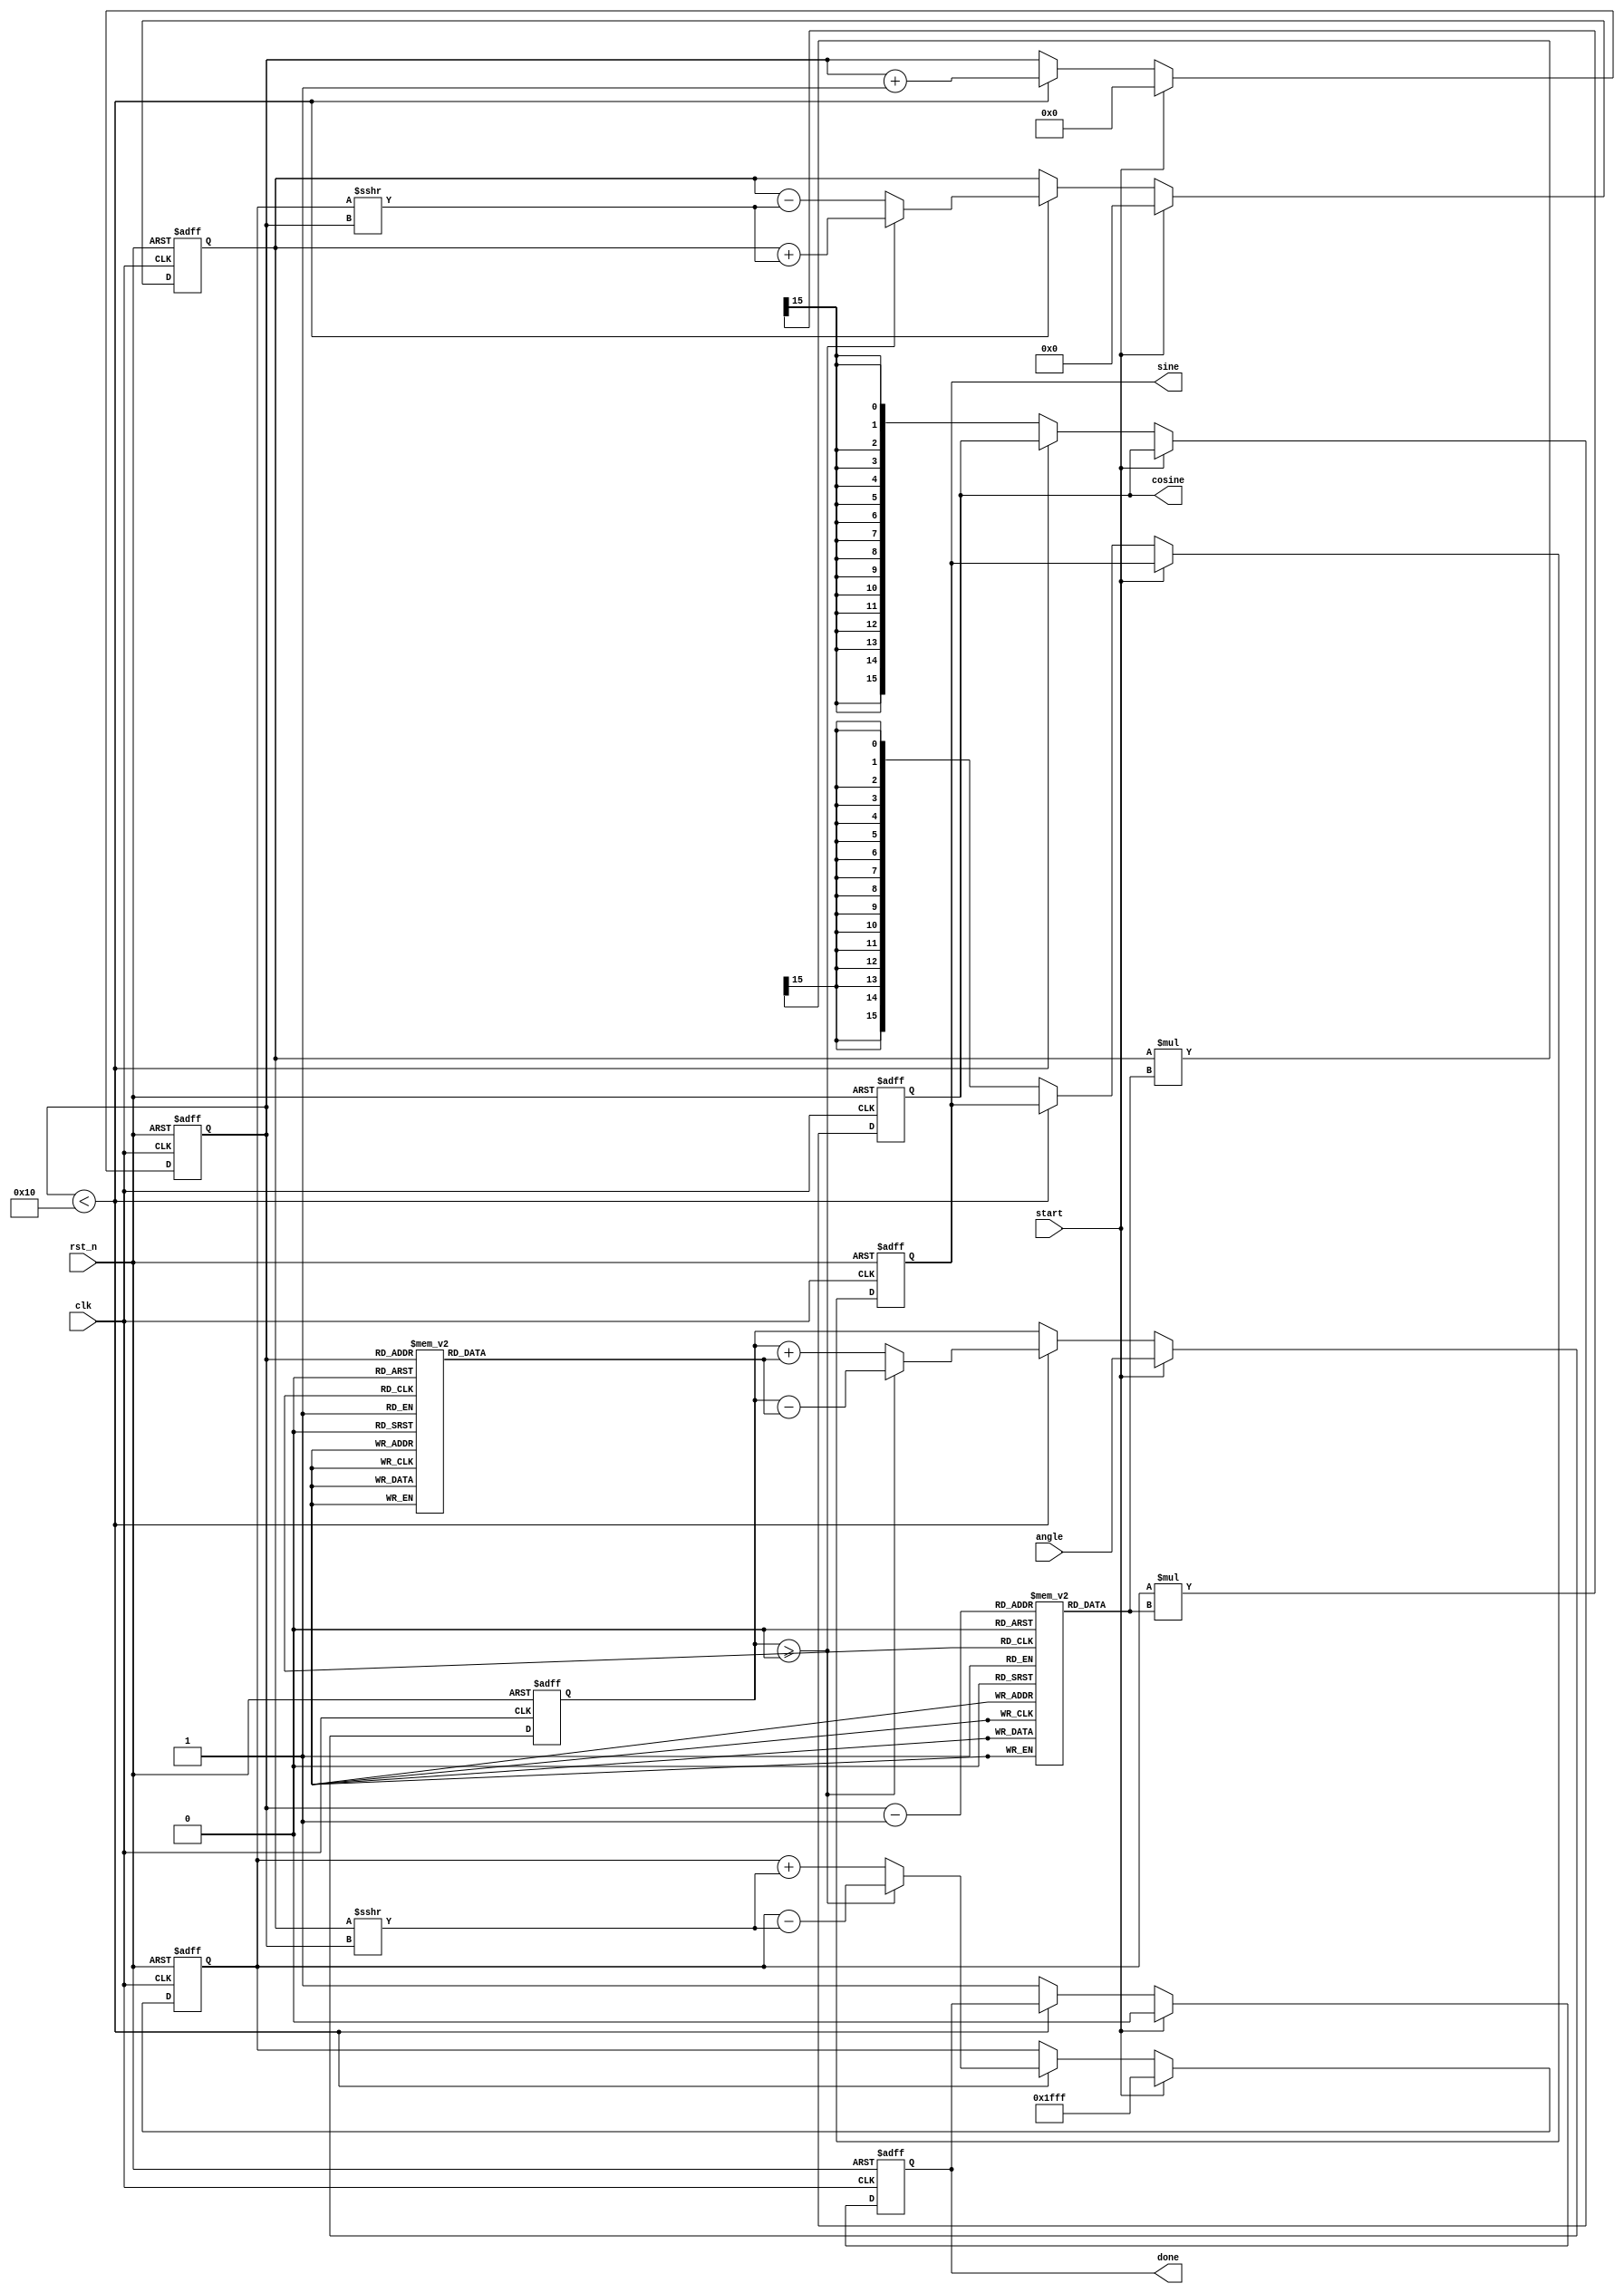
module cordic #(
    parameter WIDTH = 16,        // Bit width for fixed-point representation
    parameter ITERATIONS = 16    // Number of iterations
)(
    input wire clk,
    input wire rst_n,
    input wire start,
    input wire signed [WIDTH-1:0] angle,  // Input angle in fixed-point format
    output reg signed [WIDTH-1:0] sine,
    output reg signed [WIDTH-1:0] cosine,
    output reg done
);

    // CORDIC Lookup Tables for angles (arctan(1/2^k)) and scaling factors
    reg signed [WIDTH-1:0] angle_lut [0:ITERATIONS-1];
    reg signed [WIDTH-1:0] scale_lut [0:ITERATIONS-1];

    initial begin
        // Fill the angle LUT with precomputed arctan values (multiplying by 2^WIDTH for fixed-point)
        angle_lut[0] = 16'h2000; // atan(1) = 45 degrees
        angle_lut[1] = 16'h1666; // atan(1/2)
        angle_lut[2] = 16'h0D89; // atan(1/4)
        angle_lut[3] = 16'h0A3D; // atan(1/8)
        // Continue filling as necessary...

        // Fill the scaling LUT with precomputed scale factors
        scale_lut[0] = 16'h1FFF; // Scaling factor for 1st iteration
        scale_lut[1] = 16'h1B8A; // Scaling factor for 2nd iteration
        scale_lut[2] = 16'h1770; // Scaling factor for 3rd iteration
        scale_lut[3] = 16'h1488; // Scaling factor for 4th iteration
        // Continue filling as necessary...
    end

    // Internal variables to store the current x, y values
    reg signed [WIDTH-1:0] x;
    reg signed [WIDTH-1:0] y;
    reg signed [WIDTH-1:0] current_angle;
    reg [3:0] iteration;

    // State machine to control the CORDIC iterations
    always @(posedge clk or negedge rst_n) begin
        if (!rst_n) begin
            sine <= 0;
            cosine <= 0;
            done <= 0;
            iteration <= 0;
            x <= 0;
            y <= 0;
            current_angle <= 0;
        end else if (start) begin
            // Initialize the CORDIC process
            x <= 16'h1FFF; // Initial x = 1.0 (scaled)
            y <= 0;        // Initial y = 0.0
            current_angle <= angle;
            iteration <= 0;
            done <= 0;
        end else if (iteration < ITERATIONS) begin
            // CORDIC iteration
            if (current_angle >= 0) begin
                // Counter-clockwise rotation
                x <= x - (y >>> iteration);
                y <= y + (x >>> iteration);
                current_angle <= current_angle - angle_lut[iteration];
            end else begin
                // Clockwise rotation
                x <= x + (y >>> iteration);
                y <= y - (x >>> iteration);
                current_angle <= current_angle + angle_lut[iteration];
            end

            // Increment iteration count
            iteration <= iteration + 1;
        end else begin
            // Finished processing
            sine <= y * scale_lut[iteration-1] >>> (WIDTH-1); // Scale output
            cosine <= x * scale_lut[iteration-1] >>> (WIDTH-1); // Scale output
            done <= 1;
        end
    end

endmodule